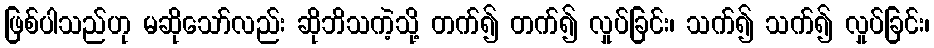
ဖြစ်ပါသည်ဟု မဆိုသော်လည်း ဆိုဘိသကဲ့သို့ တက်၍ တက်၍ လှုပ်ခြင်း၊ သက်၍ သက်၍ လှုပ်ခြင်း၊